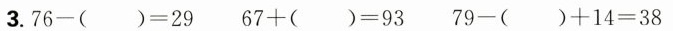
3. $$7 6 - () = 2 9$$ $$6 7 + () = 9 3$$ $$7 9 - () + 1 4 = 3 8$$